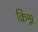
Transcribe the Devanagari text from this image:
क्रिश्न